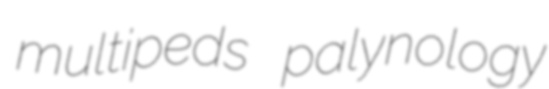
multipeds palynology